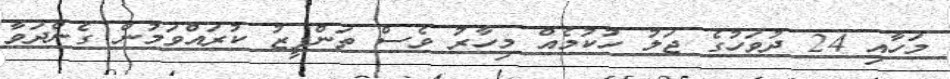
މަހާއި 24 ދުވަހުގެ ޖަލު ހުކުމެއް މިހާރު ވެސް ތަންފީޒު ކުރައްވަމުން ގެންދަވާ